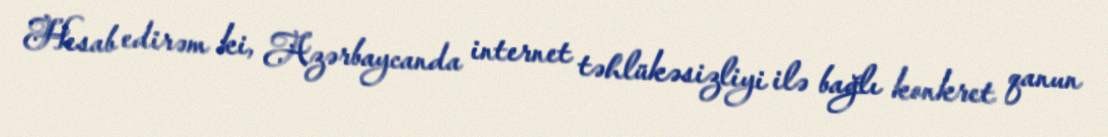
Hesab edirəm ki, Azərbaycanda internet təhlükəsizliyi ilə bağlı konkret qanun